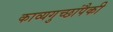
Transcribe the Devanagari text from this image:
काव्यगुच्छांपैकी